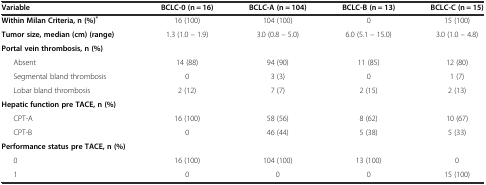
| Variable | BCLC-0 (n = 16) | BCLC-A (n = 104) | BCLC-B (n = 13) | BCLC-C (n = 15) |
 | --- | --- | --- | --- | --- |
 | Within Milan Criteria, n (%)* | 16 (100) | 104 (100) | 0 | 15 (100) |
 | Tumor size, median (cm) (range) | 1.3 (1.0 – 1.9) | 3.0 (0.8 – 5.0) | 6.0 (5.1 – 15.0) | 3.0 (1.0 – 4.8) |
 | Portal vein thrombosis, n (%) |  |  |  |  |
 | Absent | 14 (88) | 94 (90) | 11 (85) | 12 (80) |
 | Segmental bland thrombosis | 0 | 3 (3) | 0 | 1 (7) |
 | Lobar bland thrombosis | 2 (12) | 7 (7) | 2 (15) | 2 (13) |
 | Hepatic function pre TACE, n (%) |  |  |  |  |
 | CPT-A | 16 (100) | 58 (56) | 8 (62) | 10 (67) |
 | CPT-B | 0 | 46 (44) | 5 (38) | 5 (33) |
 | Performance status pre TACE, n (%) |  |  |  |  |
 | 0 | 16 (100) | 104 (100) | 13 (100) | 0 |
 | 1 | 0 | 0 | 0 | 15 (100) |